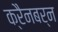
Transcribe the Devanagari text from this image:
क्रैनबर्न